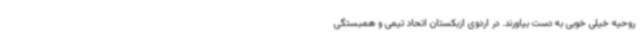
روحیه خیلی خوبی به دست بیاورند. در اردوی ازبکستان اتحاد تیمی و همبستگی